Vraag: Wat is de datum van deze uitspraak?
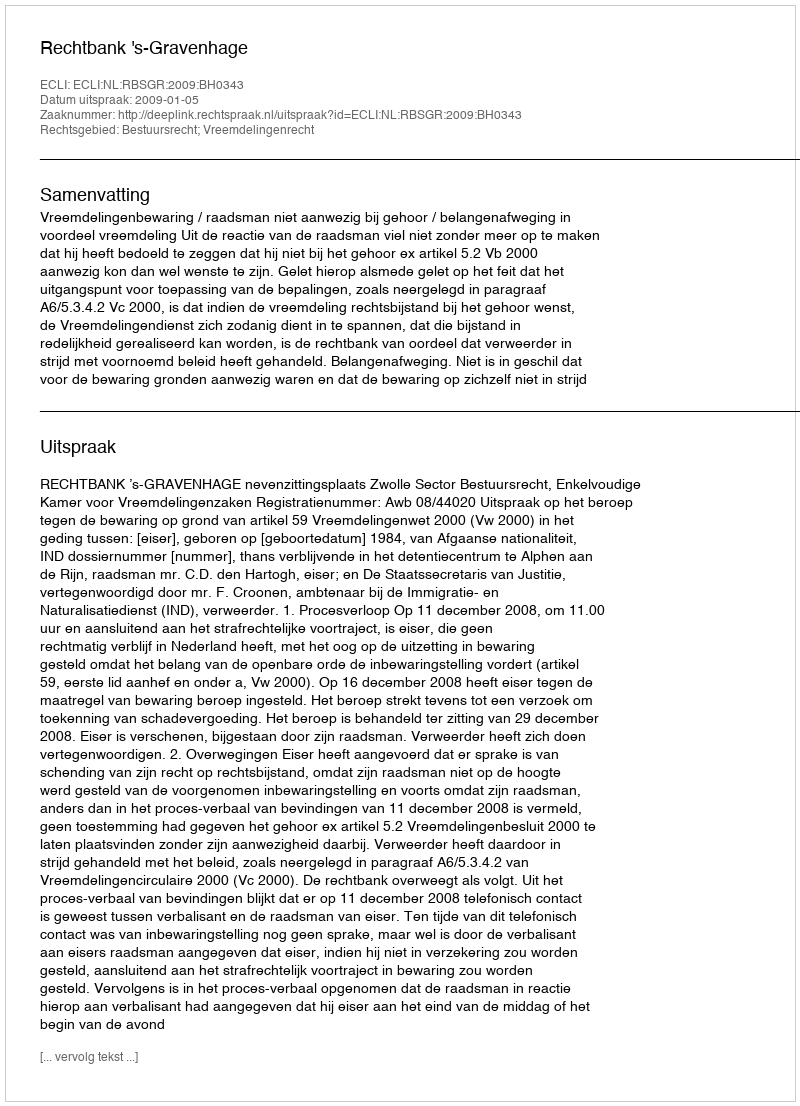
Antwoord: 2009-01-05